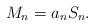
LaTeX: \begin{align*}M_n= a_nS_n.\end{align*}